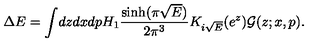
\Delta E = \int \! d z d x d p H _ { 1 } \frac { \sinh ( \pi \sqrt { E } ) } { 2 \pi ^ { 3 } } K _ { i \sqrt { E } } ( e ^ { z } ) \mathcal { G } ( z ; x , p ) .